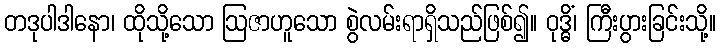
တဒုပါဒါနော၊ ထိုသို့သော ဩဇာဟူသော စွဲလမ်းရာရှိသည်ဖြစ်၍။ ဝုဒ္ဓိံ၊ ကြီးပွားခြင်းသို့။